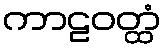
ကာဠဝတ္ထံ